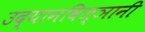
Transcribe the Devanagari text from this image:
उद्यानविज्ञानी